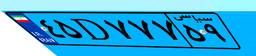
۴۳D۵۳۲۵۳